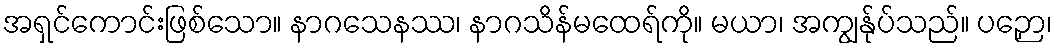
အရှင်ကောင်းဖြစ်သော။ နာဂသေနဿ၊ နာဂသိန်မထေရ်ကို။ မယာ၊ အကျွန်ုပ်သည်။ ပဉှော၊